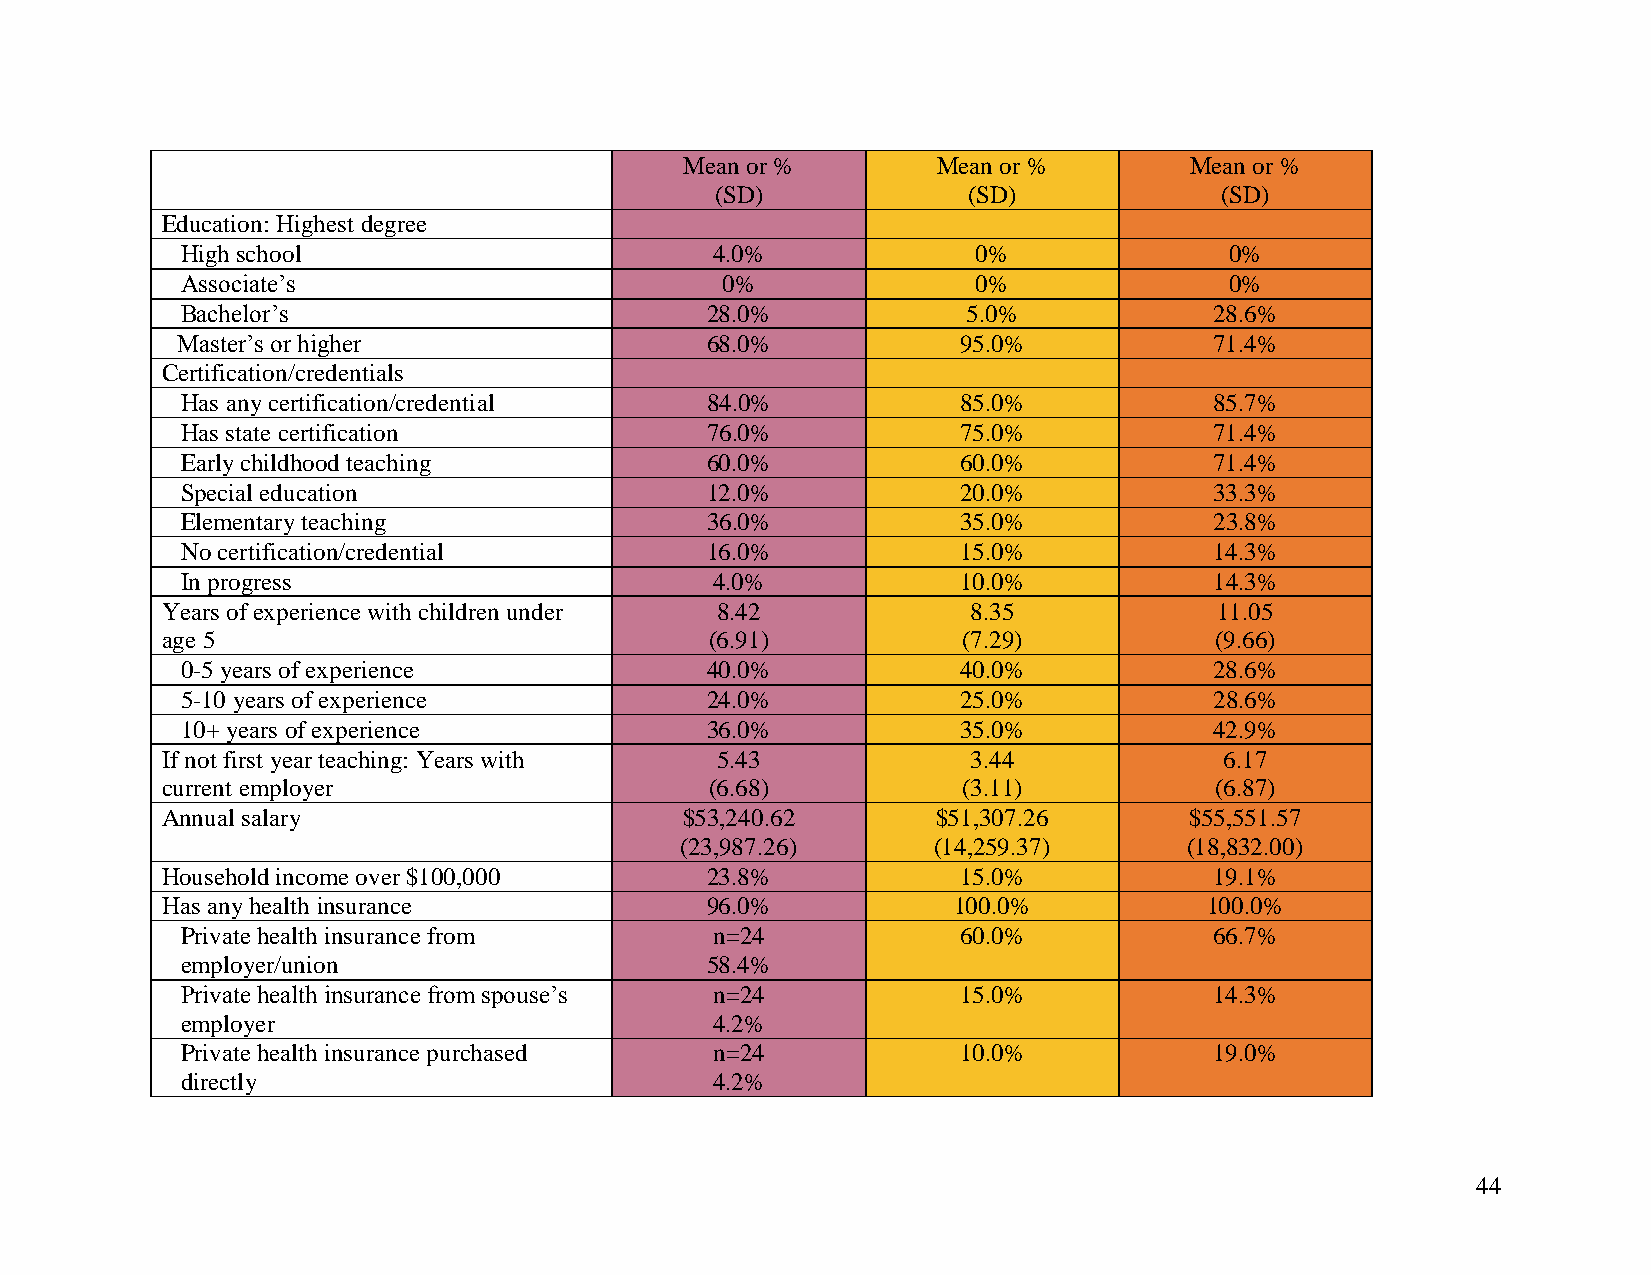
Mean or %        Mean or %        Mean or %
 (SD)             (SD)             (SD)
 Education: Highest degree
 High school                        4.0%              0%              0%
 Associate’s                         0%               0%              0%
 Bachelor’s                         28.0%            5.0%            28.6%
 Master’s or higher                 68.0%            95.0%           71.4%
 Certification/credentials
 Has any certification/credential   84.0%            85.0%           85.7%
 Has state certification            76.0%            75.0%           71.4%
 Early childhood teaching           60.0%            60.0%           71.4%
 Special education                  12.0%            20.0%           33.3%
 Elementary teaching                36.0%            35.0%           23.8%
 No certification/credential        16.0%            15.0%           14.3%
 In progress                        4.0%             10.0%           14.3%
 Years of experience with children under 8.42         8.35             11.05
 age 5                               (6.91)           (7.29)          (9.66)
 0-5 years of experience            40.0%            40.0%           28.6%
 5-10 years of experience           24.0%            25.0%           28.6%
 10+ years of experience            36.0%            35.0%           42.9%
 If not first year teaching: Years with 5.43          3.44             6.17
 current employer                    (6.68)           (3.11)          (6.87)
 Annual salary                     $53,240.62       $51,307.26       $55,551.57
 (23,987.26)      (14,259.37)      (18,832.00)
 Household income over $100,000      23.8%            15.0%           19.1%
 Has any health insurance            96.0%           100.0%           100.0%
 Private health insurance from      n=24             60.0%           66.7%
 employer/union                     58.4%
 Private health insurance from spouse’s n=24         15.0%           14.3%
 employer                           4.2%
 Private health insurance purchased n=24             10.0%           19.0%
 directly                           4.2%
 44